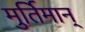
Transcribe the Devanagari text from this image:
मुर्तिमान्